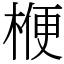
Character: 楩